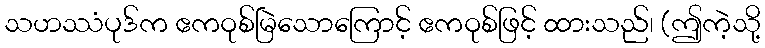
သဟဿံပုဒ်က ဧကဝုစ်မြဲသောကြောင့် ဧကဝုစ်ဖြင့် ထားသည်၊ (ဤကဲ့သို့